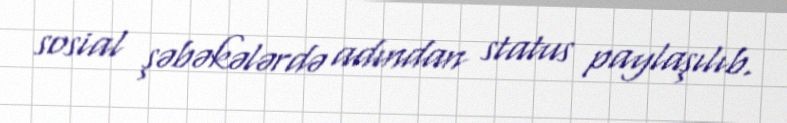
sosial şəbəkələrdə adından status paylaşılıb.